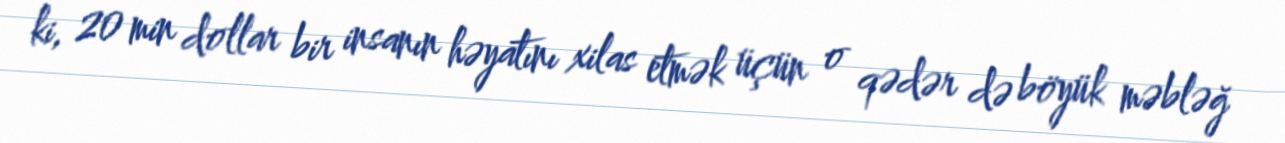
ki, 20 min dollar bir insanın həyatını xilas etmək üçün o qədər də böyük məbləğ